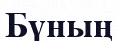
Бүның